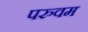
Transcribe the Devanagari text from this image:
परुवम